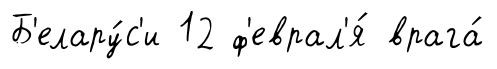
Б'елару́с'и 12 ф'еврал'я́ врага́